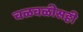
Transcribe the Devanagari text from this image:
चळवळीसही